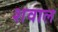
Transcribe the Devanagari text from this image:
शवाल